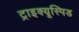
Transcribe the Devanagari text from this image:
ट्राइक्यूस्पिड